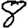
Digit: 8